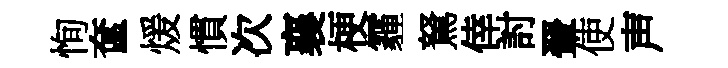
恂奩煖慣次襄梗霾駑倖討翬使声